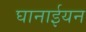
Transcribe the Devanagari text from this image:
घानाईयन